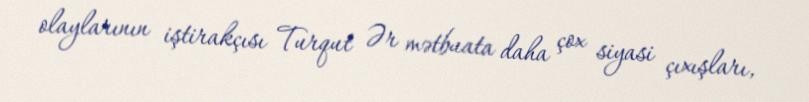
olaylarının iştirakçısı Turqut Ər mətbuata daha çox siyasi çıxışları,